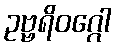
ဥဗ္ဗရိဝဂ္ဂေါ